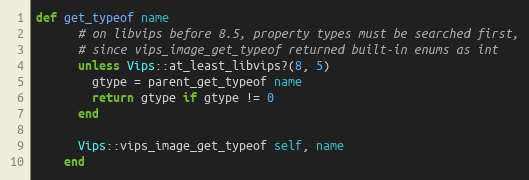
Language: Ruby
def get_typeof name
      # on libvips before 8.5, property types must be searched first,
      # since vips_image_get_typeof returned built-in enums as int
      unless Vips::at_least_libvips?(8, 5)
        gtype = parent_get_typeof name
        return gtype if gtype != 0
      end

      Vips::vips_image_get_typeof self, name
    end